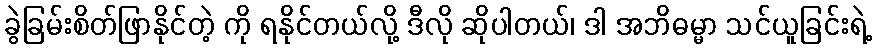
ခွဲခြမ်းစိတ်ဖြာနိုင်တဲ့ ကို ရနိုင်တယ်လို့ ဒီလို ဆိုပါတယ်၊ ဒါ အဘိဓမ္မာ သင်ယူခြင်းရဲ့